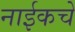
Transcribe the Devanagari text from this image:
नाईकचे